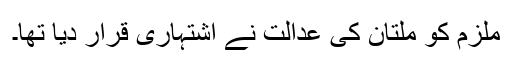
ملزم کو ملتان کی عدالت نے اشتہاری قرار دیا تھا۔